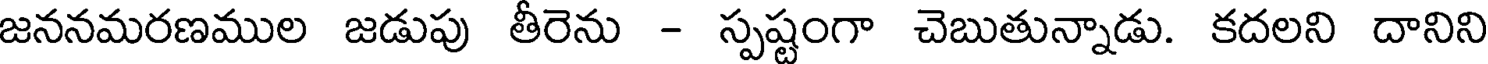
జననమరణముల జడుపు తీరెను - స్పష్టంగా చెబుతున్నాడు. కదలని దానిని